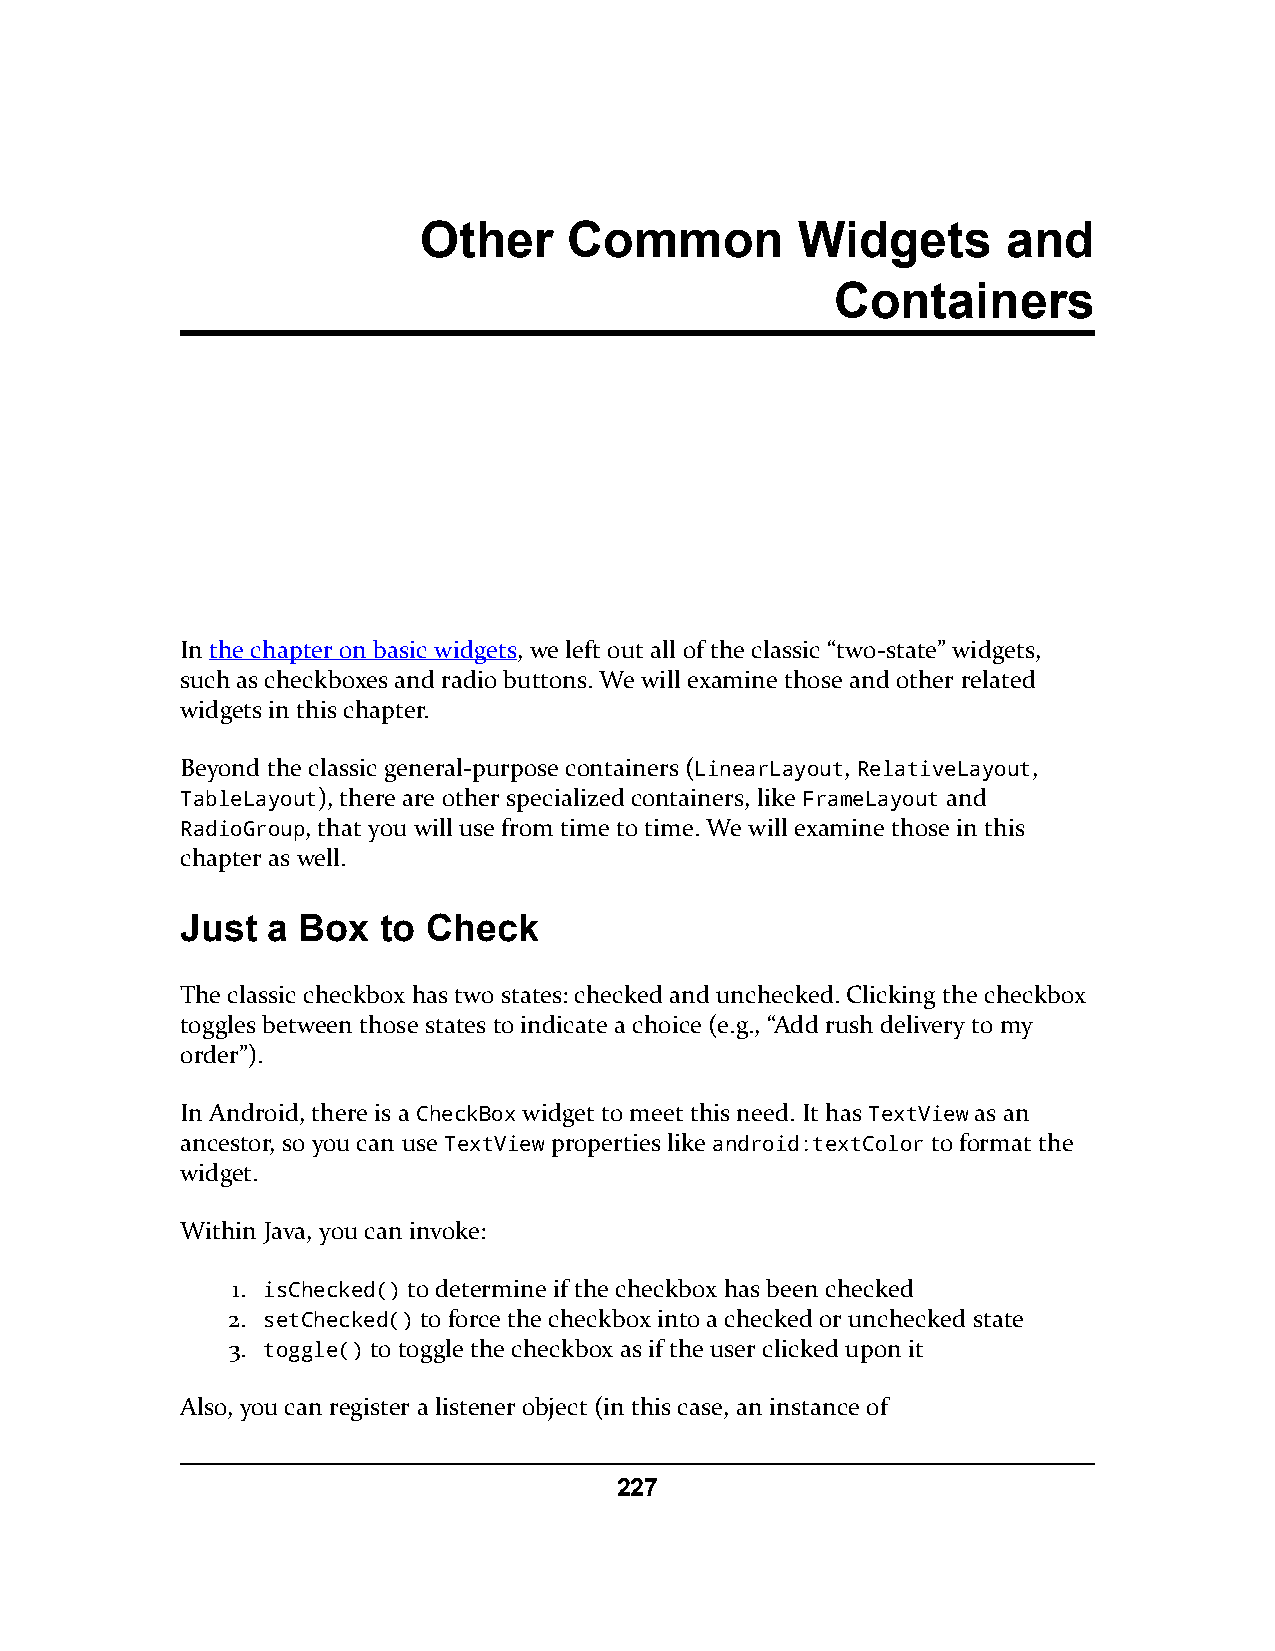
Other     Common         Widgets       and
 Containers
 In the chapter on basic widgets, we left out all of the classic “two-state” widgets,
 such as checkboxes and radio buttons. We will examine those and other related
 widgets in this chapter.
 Beyond the classic general-purpose containers (LinearLayout, RelativeLayout,
 TableLayout), there are other specialized containers, like FrameLayout and
 RadioGroup, that you will use from time to time. We will examine those in this
 chapter as well.
 Just  a Box  to Check
 The classic checkbox has two states: checked and unchecked. Clicking the checkbox
 toggles between those states to indicate a choice (e.g., “Add rush delivery to my
 order”).
 In Android, there is a CheckBox widget to meet this need. It has TextView as an
 ancestor, so you can use TextView properties like android:textColor to format the
 widget.
 Within Java, you can invoke:
 1. isChecked() to determine if the checkbox has been checked
 2. setChecked() to force the checkbox into a checked or unchecked state
 3. toggle() to toggle the checkbox as if the user clicked upon it
 Also, you can register a listener object (in this case, an instance of
 227